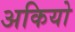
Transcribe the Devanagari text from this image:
अकियो